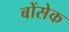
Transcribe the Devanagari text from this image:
बोंसेक